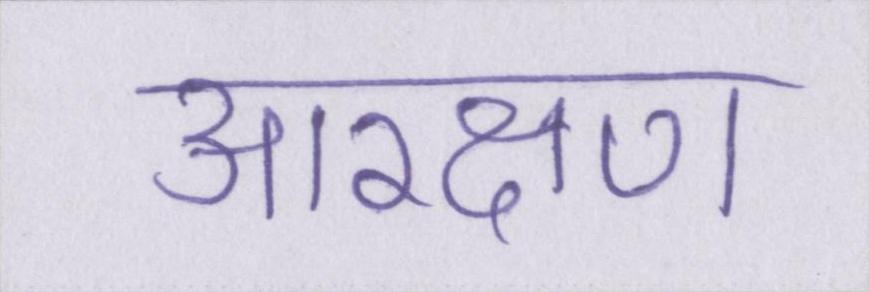
आरक्षण